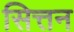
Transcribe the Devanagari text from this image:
सित्तन